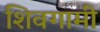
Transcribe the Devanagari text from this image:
शिवगामी